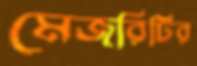
মেজরিটির